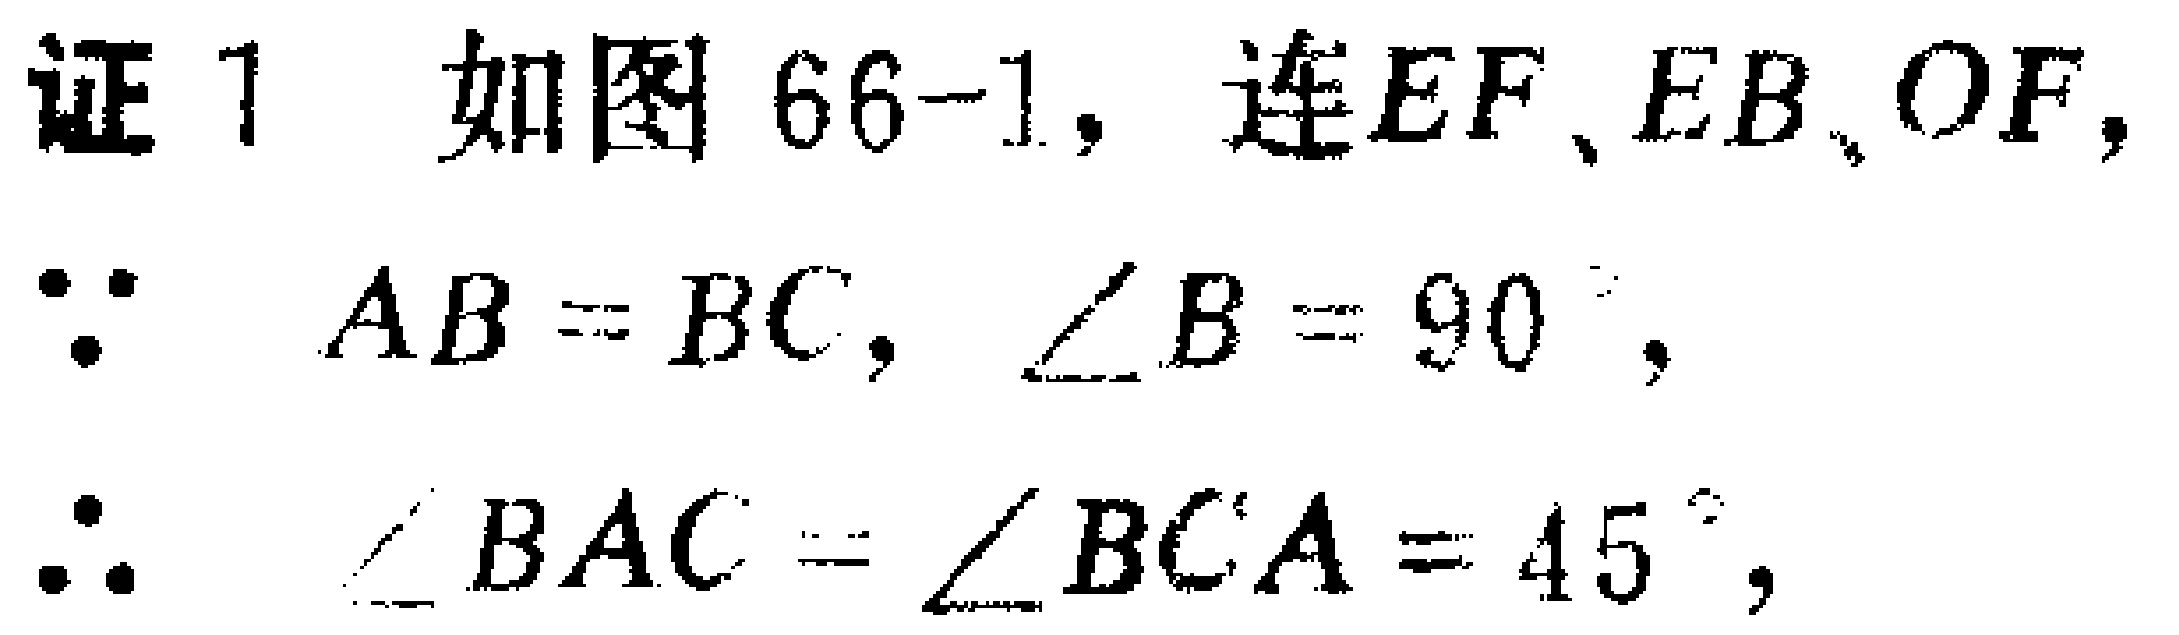
证1 如图66-1，连\(EF\)、\(EB\)、\(OF\)，
\(\because AB = BC\)，\(\angle B = 90^{\circ}\)，
\(\therefore \angle BAC=\angle BCA = 45^{\circ}\)，